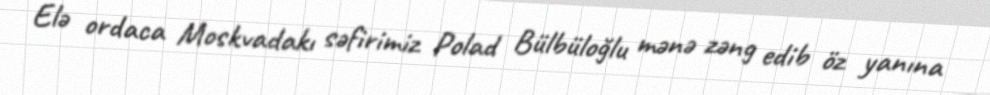
Elə ordaca Moskvadakı səfirimiz Polad Bülbüloğlu mənə zəng edib öz yanına